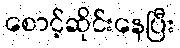
စောင့်ဆိုင်းနေပြီး